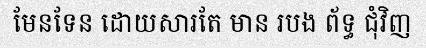
មែនទែន ដោយសារតែ មាន របង ព័ទ្ធ ជុំវិញ